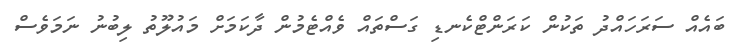
ބައެއް ސަރަހައްދު ތަކުން ކަރަންޓްކެނޑި ގަސްތައް ވެއްޓެމުން ދާކަމަށް މައުލޫތު ލިބުނު ނަމަވެސް